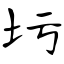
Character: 圬